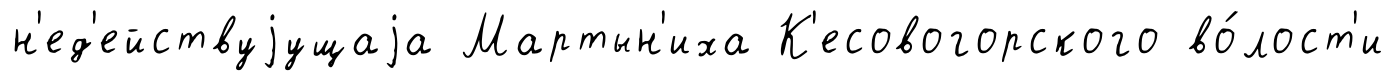
н'ед'ействуjущаjа Мартын'иха К'есовогорского во́лост'и